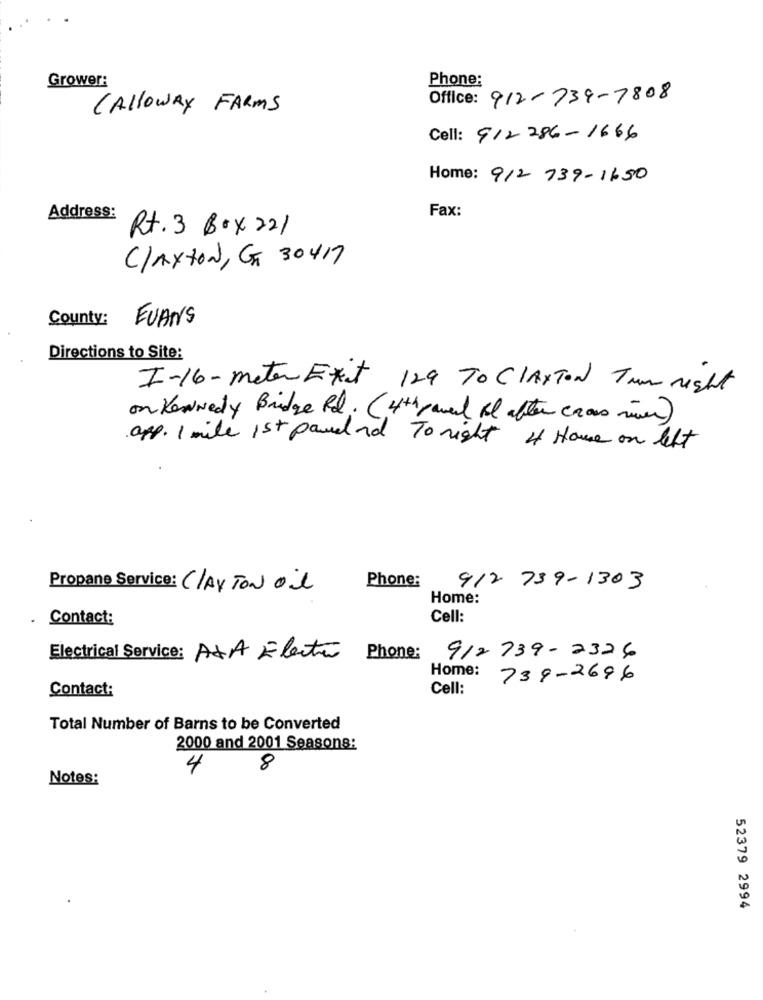
Grower:
Phone:
Office: 912-739-7808
CALLOWAY FARMS
Cell: 912 286-1666
Home: 912 739-1650
Address:
Fax:
Rt. 3 Box 22/
Claxton, GT 30417
County:
EVANS
Directions to Site:
I-16-meter Etat 129 TO CLAXTON Tum RIGHT
on Kennedy Bridge Pd. (4th power of after crous river)
app. 1 mile 1st pavel ned To night i Home on left
Propane Service: CLAYTON Oil
Phone:
912 739-1303
Home:
Contact:
Cell:
Electrical Service: AXA Electroo Phone:
912 739-2326
Home:
739-2696
Contact:
Cell:
Total Number of Barns to be Converted
2000 and 2001 Seasons:
4
8
Notes:
52379 2994